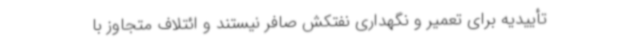
تأییدیه برای تعمیر و نگهداری نفتکش صافر نیستند و ائتلاف متجاوز با